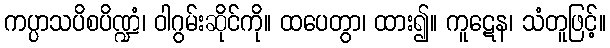
ကပ္ပာသပိစပိဏ္ဍံ၊ ဝါဂွမ်းဆိုင်ကို။ ထပေတွာ၊ ထား၍။ ကူဋေန၊ သံတူဖြင့်။